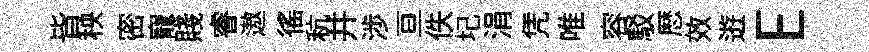
𣅜秧密寵賤睿遨徭秔井渉亘佚圮涓凭唯容駁厯效逰E